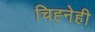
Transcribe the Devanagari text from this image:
चिह्नेही